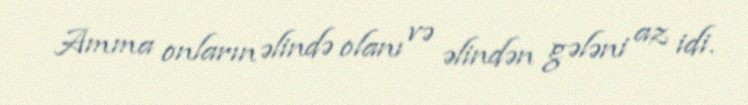
Amma onların əlində olanı və əlindən gələni az idi.